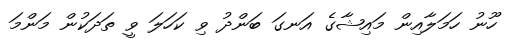
ހޫނު ހަމަލާއިން މައިޝާގެ އަނގަ ބަންދު ވި ކަހަލަ ވީ ތަދަކުން މަންމަ